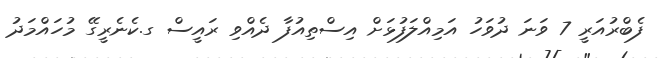
ފެބްރުއަރީ 7 ވަނަ ދުވަހު އަމިއްލަފުޅަށް އިސްތިއުފާ ދެއްވި ރައީސް ގ.ކެނެރީގޭ މުހައްމަދު